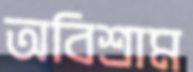
অবিশ্রাম